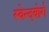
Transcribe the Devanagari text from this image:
स्वेन्दबोर्ग